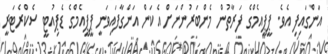
އަންގައިފި އެވެ. ޕީޕީއެމްގެ ފަރާތުން މެންބަރުންނަށް އެކަން އަންގާފައިވަނީ ޕީޕީއެމްގެ ޑެޕިއުޓީ ސެކްރެޓަރީ